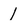
Character: 1